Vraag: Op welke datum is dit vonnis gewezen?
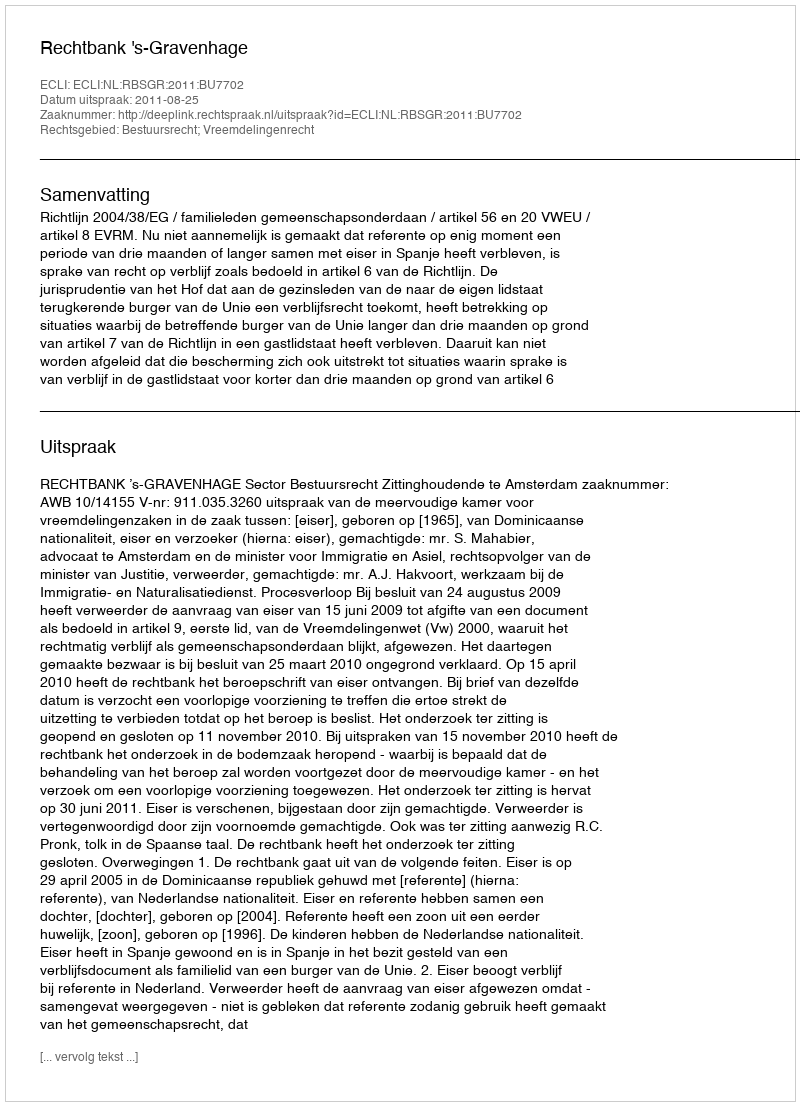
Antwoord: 2011-08-25